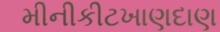
મીનીકીટખાણદાણ